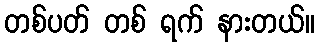
တစ်ပတ် တစ် ရက် နားတယ်။